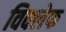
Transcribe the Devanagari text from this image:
विक्लेफ